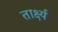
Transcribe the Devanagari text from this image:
तार्क्ष्य